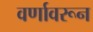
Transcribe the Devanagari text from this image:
वर्णावरून